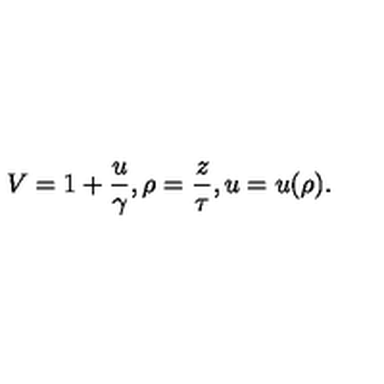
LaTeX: V = 1 + { \frac { u } { \gamma } } , \rho = { \frac { z } { \tau } } , u = u ( \rho ) .